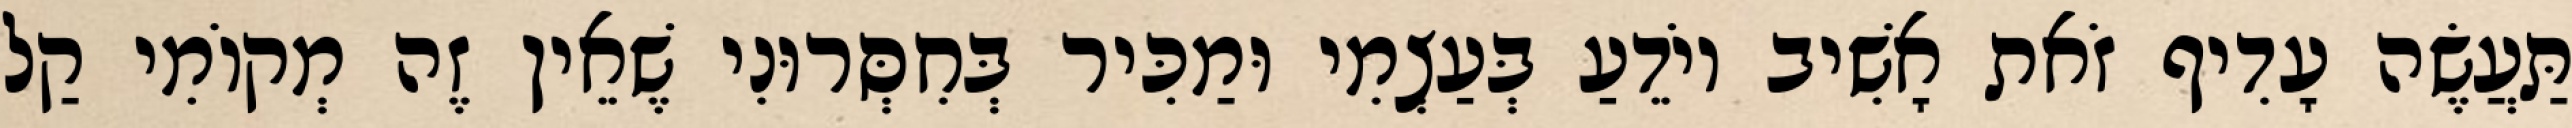
תַּעֲשֶׂה עָדִיף זֹאת אָשִׁיב יוֹדֵעַ בְּעַצְמִי וּמַכִּיר בְּחִסְּרוּנִי שֶׁאֵין זֶה מְקוֹמִי קַל